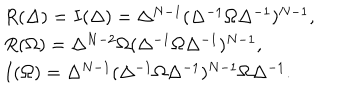
\begin{array} { l } { { R ( \Delta ) = I ( \Delta ) = \Delta ^ { N - 1 } ( \Delta ^ { - 1 } \Omega \Delta ^ { - 1 } ) ^ { N - 1 } , } } \\ { { R ( \Omega ) = \Delta ^ { N - 2 } \Omega ( \Delta ^ { - 1 } \Omega \Delta ^ { - 1 } ) ^ { N - 1 } , } } \\ { { I ( \Omega ) = \Delta ^ { N - 1 } ( \Delta ^ { - 1 } \Omega \Delta ^ { - 1 } ) ^ { N - 1 } \Omega \Delta ^ { - 1 } . } } \\ \end{array}